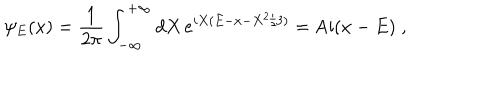
\psi _ { E } ( x ) = \frac { 1 } { 2 \pi } \int _ { - \infty } ^ { + \infty } d X \, e ^ { i X ( E - x - X ^ { 2 } / 3 ) } = \mathrm { A i } ( x - E ) \; ,